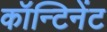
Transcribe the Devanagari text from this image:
कॉन्टिनेंट